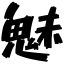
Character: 魅